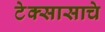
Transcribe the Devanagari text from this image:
टेक्सासाचे